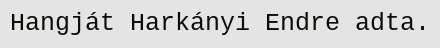
Hangját Harkányi Endre adta.